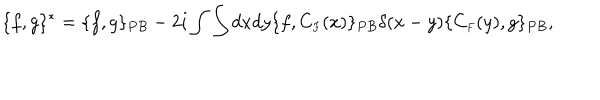
\{ f , g \} ^ { * } = \{ f , g \} _ { P B } - 2 i \int \int d x d y \{ f , C _ { \scriptscriptstyle F } ( x ) \} _ { P B } \delta ( x - y ) \{ C _ { \scriptscriptstyle F } ( y ) , g \} _ { P B } ,